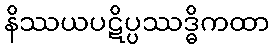
နိဿယပဋိပ္ပဿဒ္ဓိကထာ